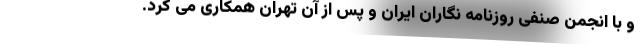
و با انجمن صنفی روزنامه نگاران ایران و پس از آن تهران همکاری می کرد.